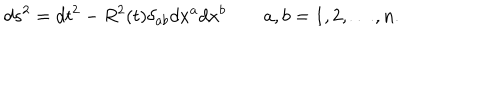
d s ^ { 2 } = d t ^ { 2 } - R ^ { 2 } ( t ) \delta _ { a b } d x ^ { a } d x ^ { b } \quad \quad a , b = 1 , 2 , \dots , n .